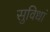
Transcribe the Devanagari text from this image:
सुविधां